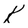
Character: K